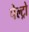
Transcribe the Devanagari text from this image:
पेल्ट्रो